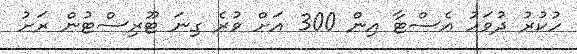
ހުކުރު ދުވަހު އެސްޓާ އިން 300 އަށް ވުރެ ގިނަ ޓޫރިސްޓުން ރަށު